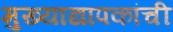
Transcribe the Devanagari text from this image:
मुख्‍याद्यापकांची